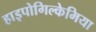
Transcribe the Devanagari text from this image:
हाइपोगिल्केमिया